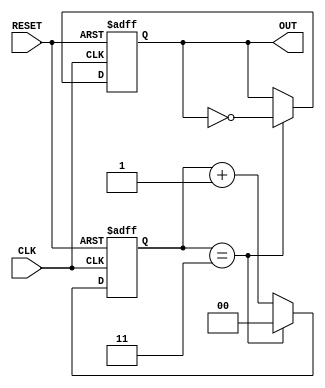
module FrequencyDividerCounter #(
    parameter N = 4 // Default division factor
)(
    input wire CLK,          // Input clock signal
    input wire RESET,        // Asynchronous reset signal
    output reg OUT           // Output signal
);
    
    reg [$clog2(N)-1:0] counter; // Counter to keep track of clock cycles

    always @(posedge CLK or posedge RESET) begin
        if (RESET) begin
            counter <= 0; // Reset counter
            OUT <= 0;     // Reset output signal
        end else begin
            if (counter == N-1) begin
                OUT <= ~OUT; // Toggle output signal
                counter <= 0; // Reset counter
            end else begin
                counter <= counter + 1; // Increment counter
            end
        end
    end

endmodule